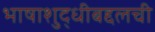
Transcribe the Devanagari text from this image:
भाषाशुद्धीबद्दलची